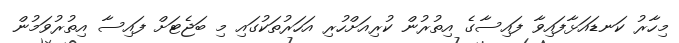
މިހާރު ކަނޑައަޅާފައިވާ ފައިސާގެ އިތުރުން ކުރިއަށްހުރި އަހަރުތަކުގައި މި ބަޖެޓަށް ފައިސާ އިތުރުވަމުން